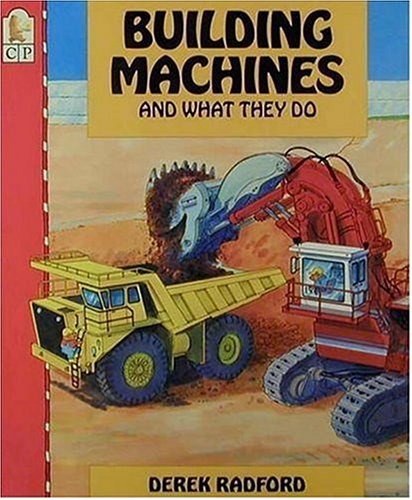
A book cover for Building Machines and What They Do; Derek Radford; Children's Books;